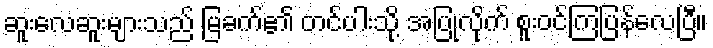
ဆူးလေဆူးများသည် မြခက်၏ တင်ပါးသို့ အပြုံလိုက် စူးဝင်ကြပြန်လေပြီ။